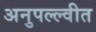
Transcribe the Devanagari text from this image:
अनुपल्ल्वीत